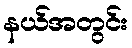
နယ်အတွင်း